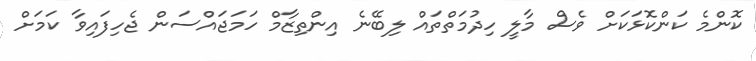
ކޮންމެ ކަންކޮޅަކަށް ވެސް މާލީ ހިދުމަތްތައް ލިބޭނެ އިންތިޒާމް ހަމަޖައްސަން ޖެހިފައިވާ ކަމަށް